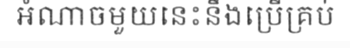
អំណាចមួយនេះនឹងប្រើគ្រប់